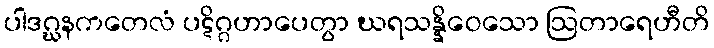
ပါဒဂ္ဃနကတေလံ ပဋိဂ္ဂဟာပေတွာ ဃရသန္နိဝေသော ဩတာရေဟီတိ